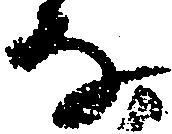
な